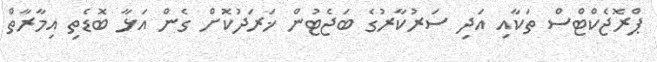
ޕްރޮޖެކްޓްސް ތަކާއި އަދި ސަރުކާރުގެ ބަޖެޓުން ޚަަރަދުކޮށް ގެން އަޅާ ބޮޑެތި އިމާރާތް